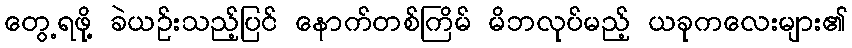
တွေ့ရဖို့ ခဲယဉ်းသည့်ပြင် နောက်တစ်ကြိမ် မိဘလုပ်မည့် ယခုကလေးများ၏